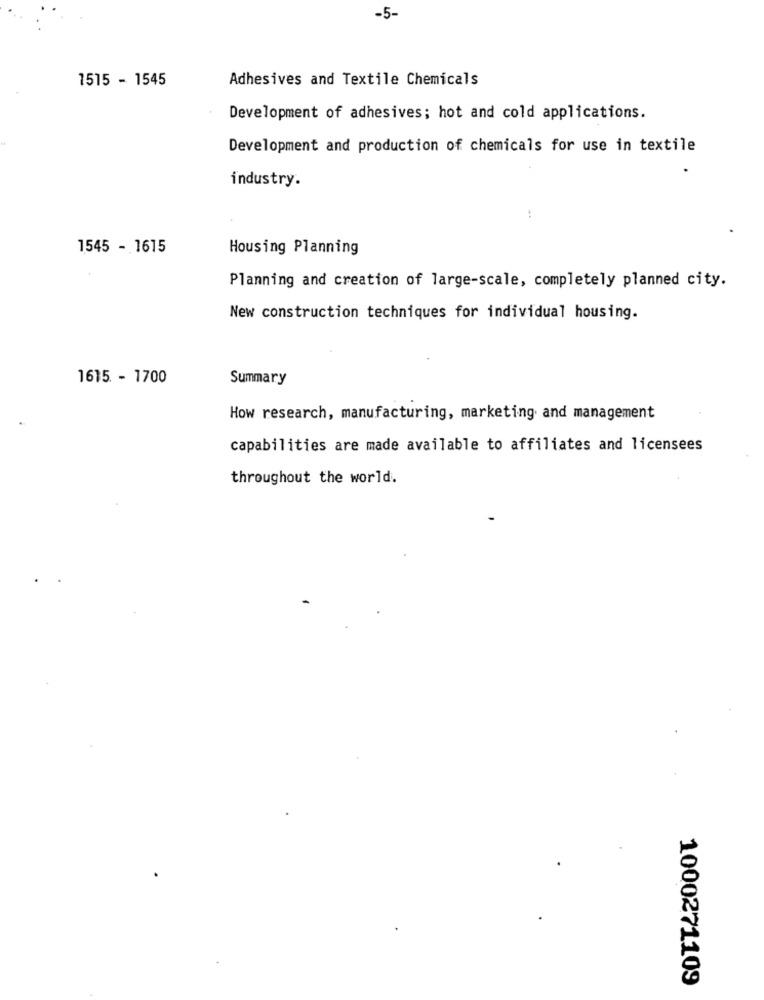
-5-
1515 - 1545
Adhesives and Textile Chemicals
Development of adhesives; hot and cold applications.
Development and production of chemicals for use in textile
industry.
1545 - 1615
Housing Planning
Planning and creation of large-scale, completely planned city.
New construction techniques for individual housing.
1615 - 1700
Summary
How research, manufacturing, marketing and management
capabilities are made available to affiliates and licensees
throughout the world.
1000271109